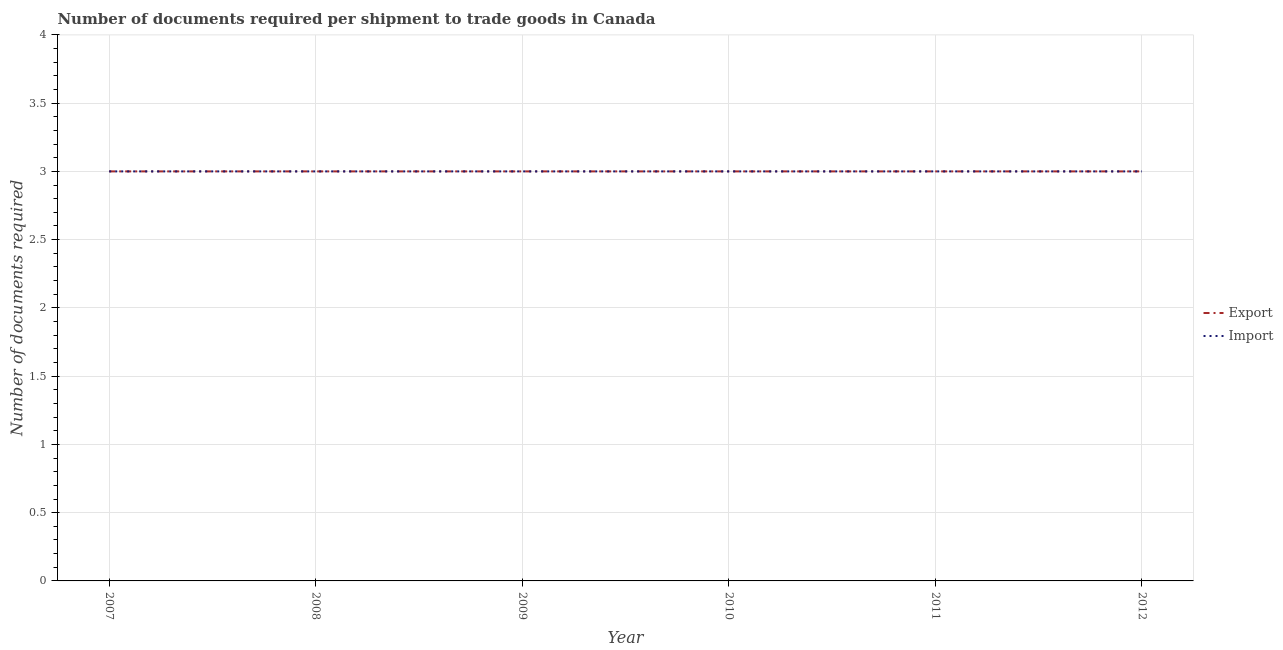
| Year | Export | Import |
 | --- | --- | --- |
 | 2007 | 3 | 3 |
 | 2008 | 3 | 3 |
 | 2009 | 3 | 3 |
 | 2010 | 3 | 3 |
 | 2011 | 3 | 3 |
 | 2012 | 3 | 3 |